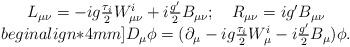
LaTeX: \begin{align*}\begin{array}{cl}L_{\mu\nu}=-ig\frac{\tau_i}{2}W^i_{\mu\nu}+i\frac{g'}{2}B_{\mu\nu};~~~R_{\mu\nu}=ig'B_{\mu\nu}\\begin{align*}4mm] D_{\mu}\phi=({\partial}_{\mu}-ig\frac{{\tau}_{i}}{2}W^{i}_{\mu}-i\frac{g'}{2}B_{\mu})\phi.\end{array}\end{align*}